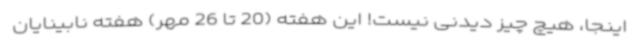
اینجا، هیچ چیز دیدنی نیست! این هفته (20 تا 26 مهر) هفته نابینایان